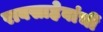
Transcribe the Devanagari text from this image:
रावसाहेबांचीं